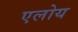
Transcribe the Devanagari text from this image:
एलोय